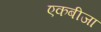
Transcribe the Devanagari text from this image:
एकबीजा